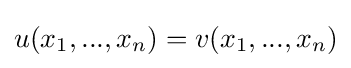
u(x_{1},...,x_{n})=v(x_{1},...,x_{n})